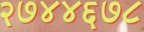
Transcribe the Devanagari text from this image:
२७४४६७८